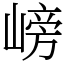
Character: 嵭